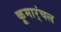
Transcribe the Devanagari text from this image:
कूमार्ंचल